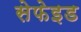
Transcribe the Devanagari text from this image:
सेफेइड